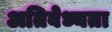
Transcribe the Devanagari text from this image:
अतिबेध्यता